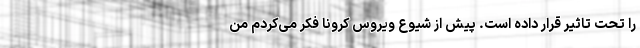
را تحت تاثیر قرار داده است. پیش از شیوع ویروس کرونا فکر می‌کردم من